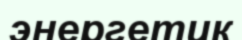
энергетик